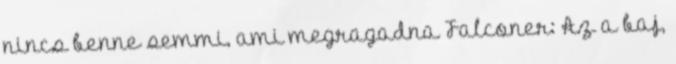
nincs benne semmi, ami megragadna Falconer: Az a baj,